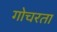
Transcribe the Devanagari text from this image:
गोचरता